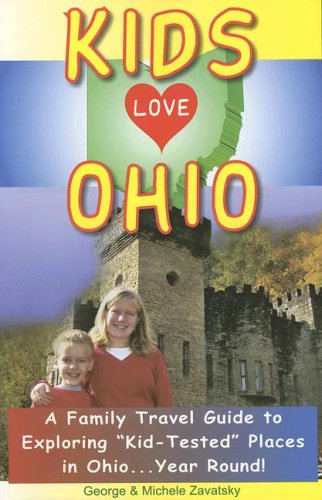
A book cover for Kids Love Ohio: A Family Travel Guide to Exploring "Kid-Tested" Places in Ohio...Year Round!; George A. Zavatsky; Travel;